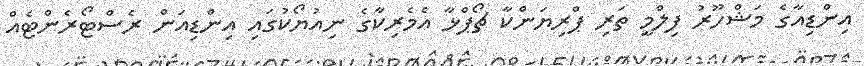
އިންޑިއާގެ މަޝްހޫރު ފިލްމީ ތަރި ޕްރިޔަންކާ ޗޯޕްޅާ އެމެރިކާގެ ނިއުޔޯކުގައި އިންޑިއަން ރެސްޓޯރެންޓެއް